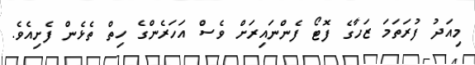
މިއަދު ފުރަތަމަ ޒަހާގެ ފޮޓޯ ފެންނައިރަށް ވެސް އަހަރެންގެ ހިތް ތެޅެން ފެށިއެވެ.